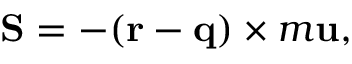
{ \bf S } = - ( { \bf r } - { \bf q } ) \times m { \bf u } ,